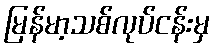
မြန်မာ့သစ်လုပ်ငန်းမှ